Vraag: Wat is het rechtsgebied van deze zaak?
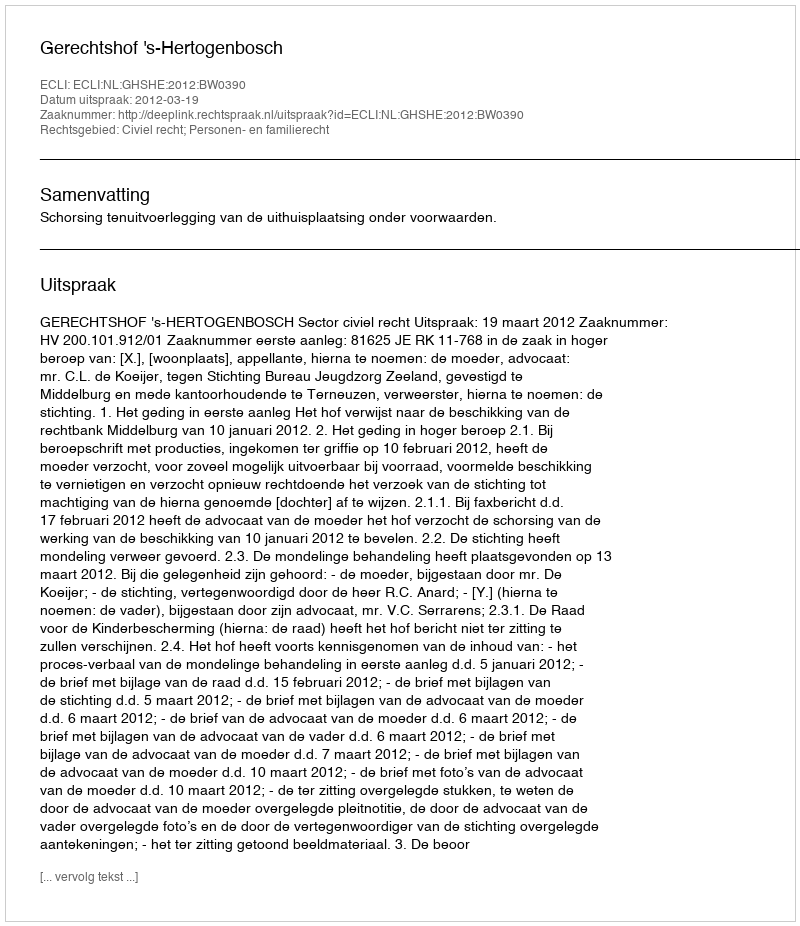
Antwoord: Civiel recht; Personen- en familierecht